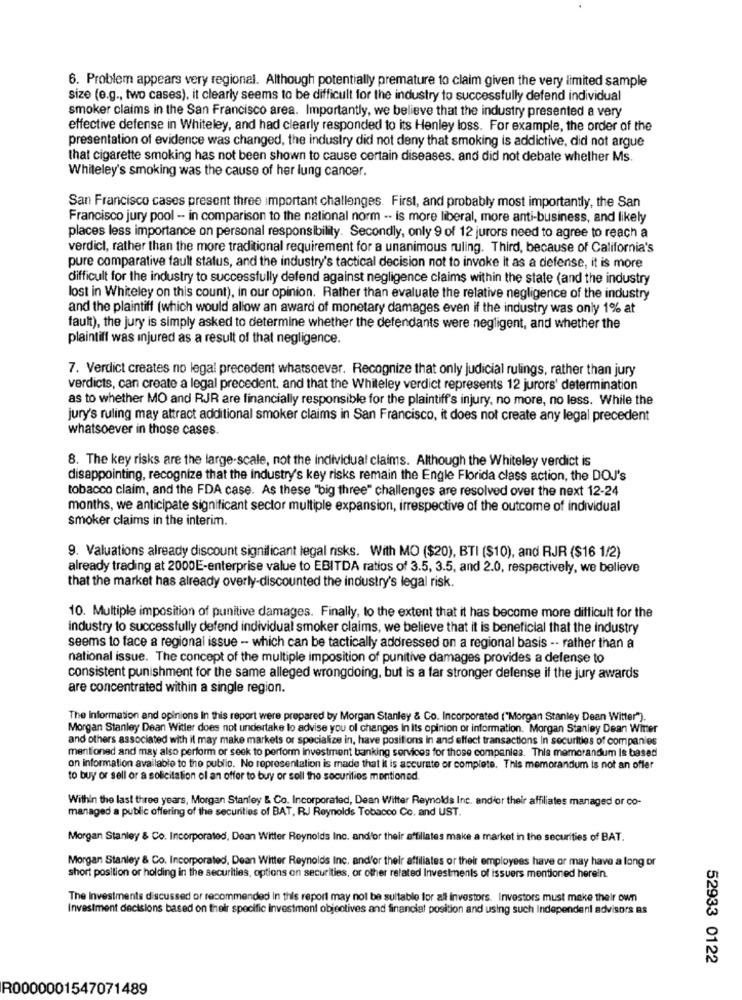
6. Problem appears very regional. Although potentially premature to claim given the very limited sample
size (e.g ., two cases), it clearly seems to be difficult for the industry to successfully defend individual
smoker claims in the San Francisco area. Importantly, we believe that the industry presented a very
effective defense in Whiteley, and had clearly responded to its Henley loss. For example, the order of the
presentation of evidence was changed, the industry did not deny that smoking is addictive, did not argue
that cigarette smoking has not been shown to cause certain diseases, and did not debate whether Ms
Whiteley's smoking was the cause of her lung cancer.
San Francisco cases present three important challenges. First, and probably most importantly, the San
Francisco jury pool -- in comparison to the national norm -· is more liberal, more anti-business, and likely
places less importance on personal responsibility. Secondly, only 9 of 12 jurors need to agree to reach a
verdict, rather than the more traditional requirement for a unanimous ruling. Third, because of California's
pure comparative fault status, and the industry's tactical decision not to invoke It as a defense, it is more
difficult for the industry to successfully defend against negligence claims within the state (and the industry
lost in Whiteley on this count), in our opinion. Rather than evaluate the relative negligence of the industry
and the plaintiff (which would allow an award of monetary damages even if the industry was only 1% at
fault), the jury is simply asked to determine whether the defendants were negligent, and whether the
plaintiff was injured as a result of that negligence.
7. Verdict creates no legal precedent whatsoever. Recognize that only judicial rulings, rather than jury
verdicts, can create a legal precedent, and that the Whiteley verdict represents 12 jurors' determination
as to whether MO and RJR are financially responsible for the plaintiff's injury, no more, no less. While the
jury's ruling may attract additional smoker claims in San Francisco, it does not create any legal precedent
whatsoever in those cases.
8. The key risks are the large-scale, not the individual claims. Although the Whiteley verdict is
disappointing, recognize that the industry's key risks remain the Engle Florida class action, the DOJ's
tobacco claim, and the FDA case. As these "big three" challenges are resolved over the next 12-24
months, we anticipate significant sector multiple expansion, irrespective of the outcome of individual
smoker claims in the interim.
9. Valuations already discount significant legal risks. With MO ($20), BTI ($10), and RJR ($16 1/2)
already trading at 2000E-enterprise value to EBITDA ratios of 3.5, 3.5, and 2.0, respectively, we believe
that the market has already overly-discounted the industry's legal risk.
10. Multiple imposition of punitive damages. Finally, to the extent that it has become more difficult for the
industry to successfully defend individual smoker claims, we believe that it is beneficial that the industry
seems to face a regional issue -- which can be tactically addressed on a regional basis -- rather than a
national issue. The concept of the multiple imposition of punitive damages provides a defense to
consistent punishment for the same alleged wrongdoing, but is a far stronger defense if the jury awards
are concentrated within a single region.
The Information and opinions In this report were prepared by Morgan Stanley & Co. Incorporated ("Morgan Stanley Dean Witter").
Morgan Stanley Dean Witter does not undertake to advise you ol changes In Its opinion or information. Morgan Stanley Dean Winter
and others associated with it may make markets or specialize in, have positions In and effect transactions In securities of companies
mentioned and may also perform or seek to perform investment banking services for those companies. This memorandum is based
on information available to the public. No representation is made that it is accurate or complete. This memorandum is not an offer
to buy or sell or a solicitation of an offer to buy or soll the securities mentioned
Within the last three years, Morgan Stanley & Co. Incorporated, Dean Witter Reynolds Inc. and'or their affiliates managed or co-
managed a public offering of the securities of BAT, RJ Reynolds Tobacco Co. and UST.
Morgan Stanley & Co. Incorporated, Dean Witter Reynolds Inc. and'or their affiliates make a market in the securities of BAT.
Morgan Stanley & Co. Incorporated, Dean Witter Reynolds Inc. and'or their affiliates or their employees have or may have a long or
short position or holding in the securities, options on securities, or other related Investments of issuers mentioned herein.
The Investments discussed or recommended In this report may not be suitable for all investors. Investors must make their own
Investment decisions based on their specific investment objectives and financial position and using such Independent advisors Rs
52933 0122
R0000001547071489